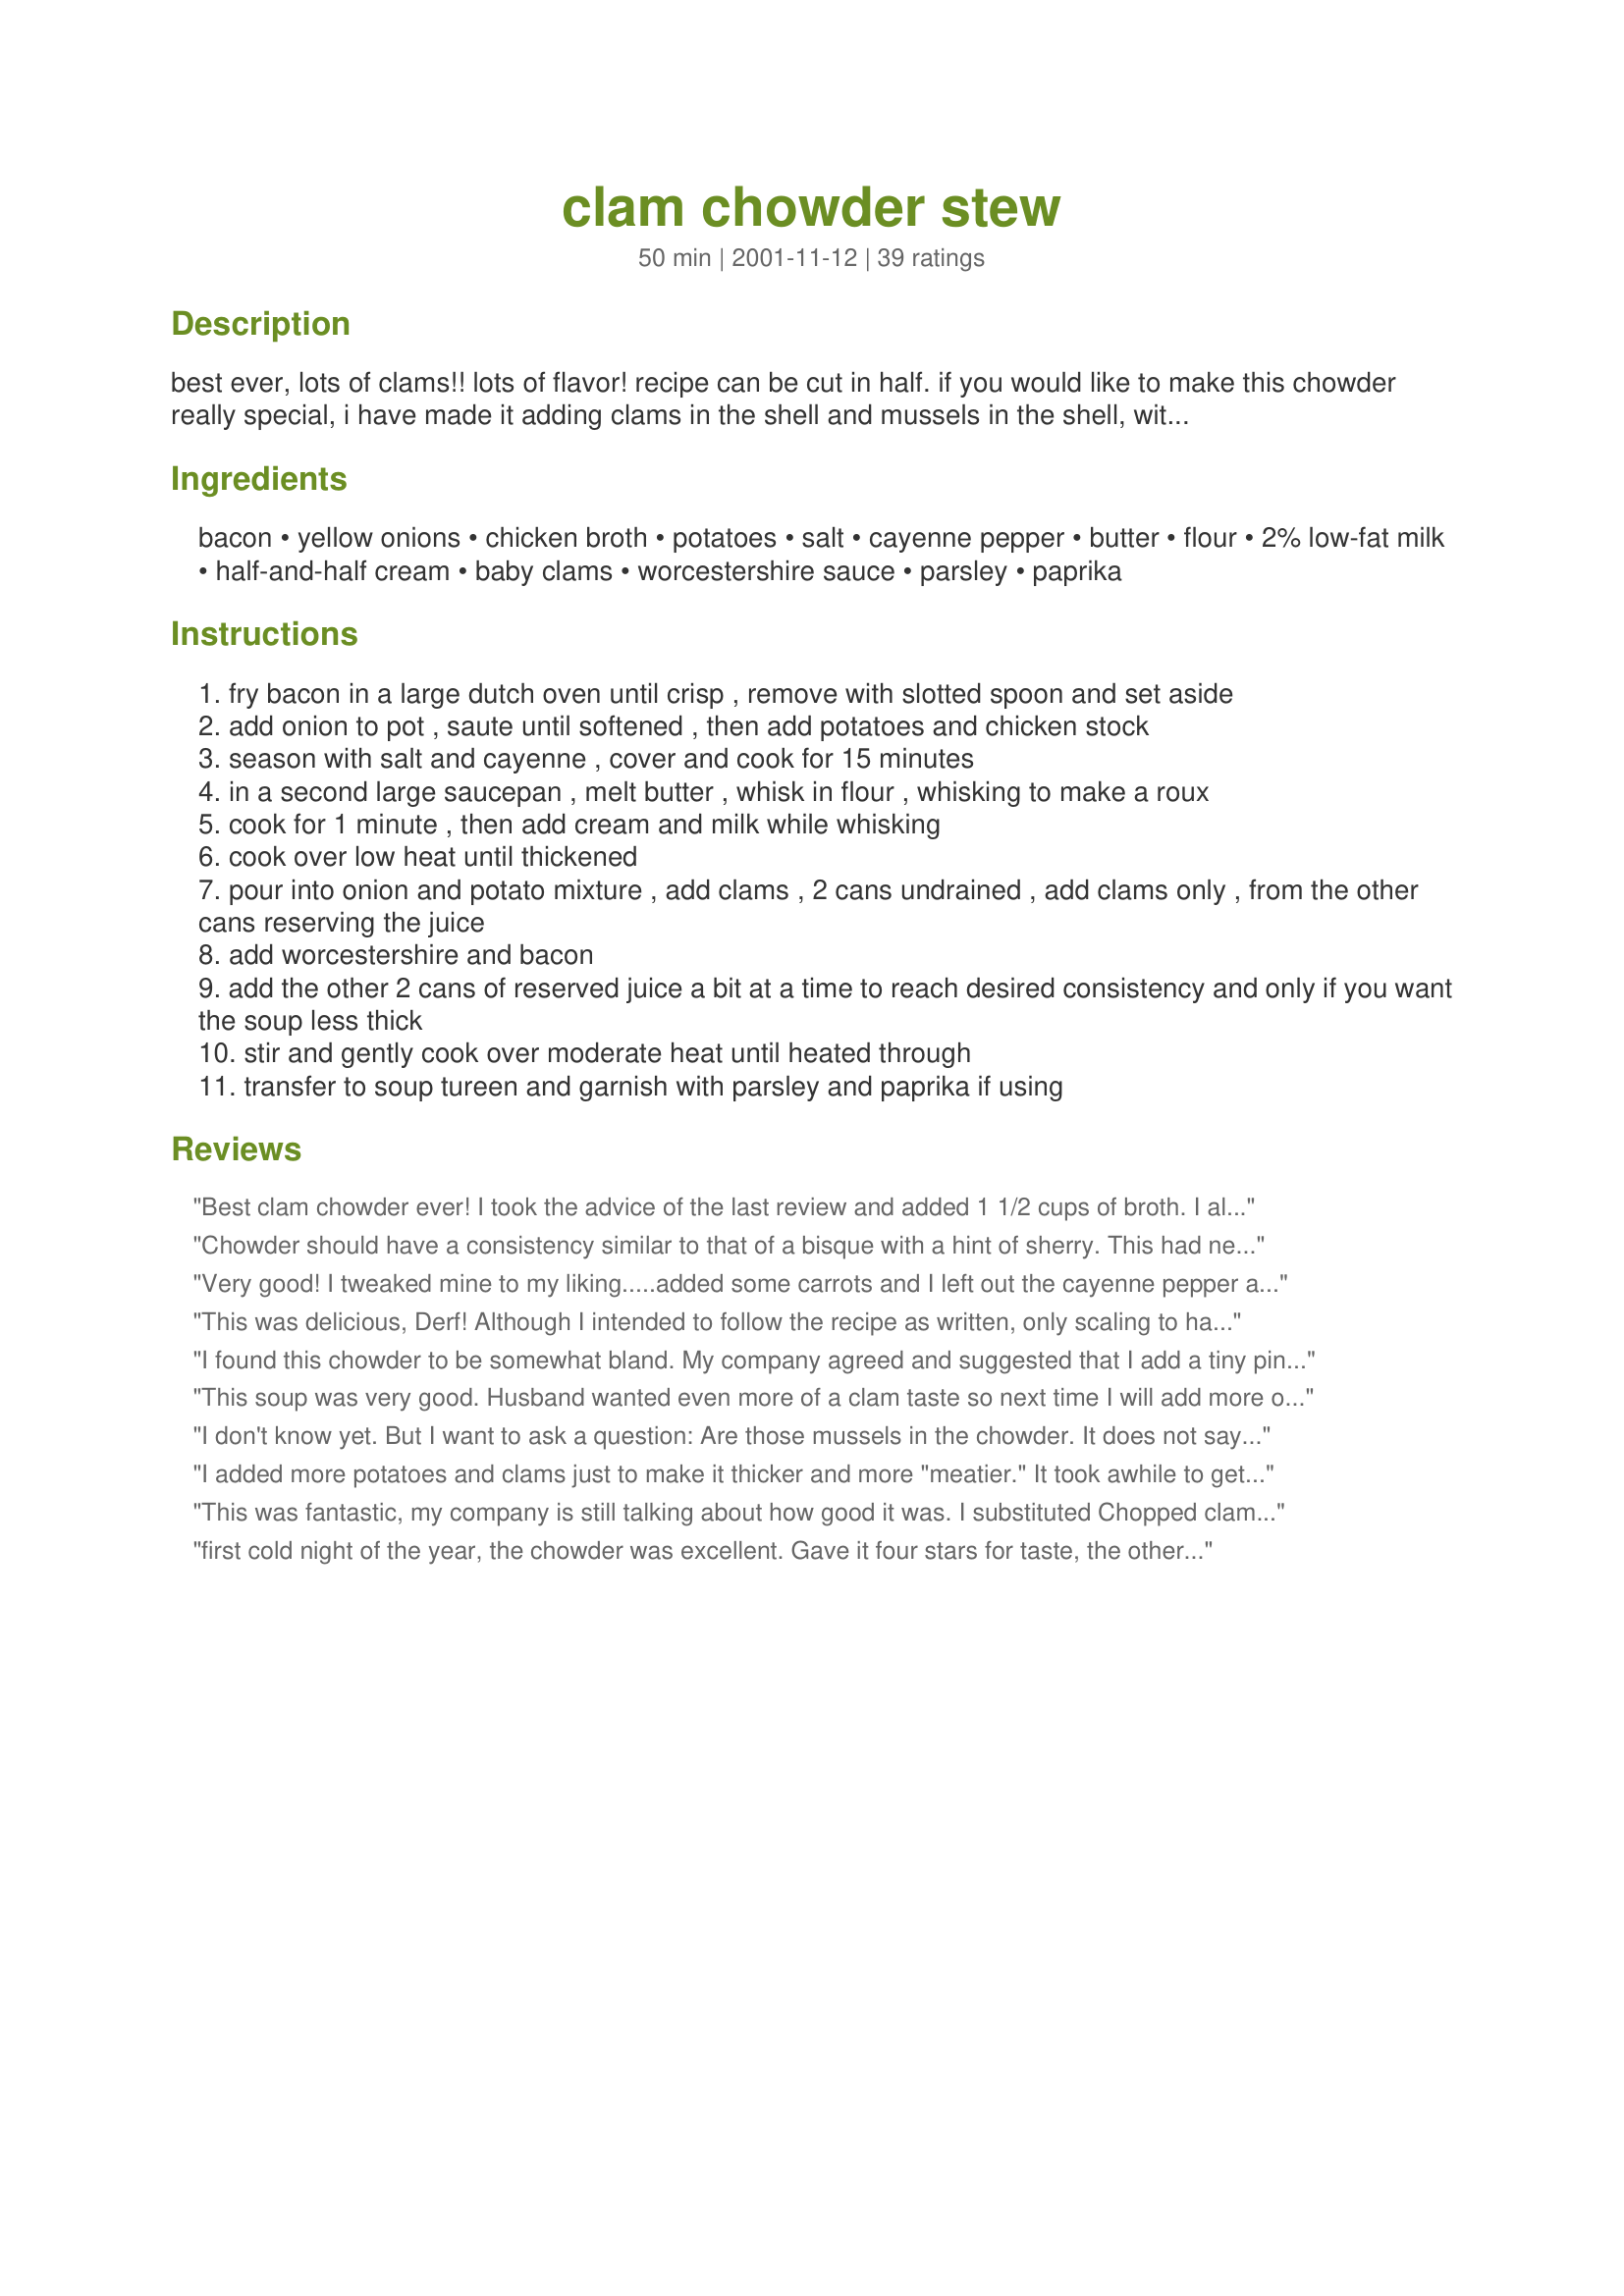
clam chowder stew
Preparation time: 50 minutes

best ever, lots of clams!! lots of flavor! recipe can be cut in half.
if you would like to make this chowder really special, i have made it adding clams in the shell and mussels in the shell, with pealed prawns added at the very end, did this for christmas eve, served with cranberry scones, delicious!

Ingredients:
bacon, yellow onions, chicken broth, potatoes, salt, cayenne pepper, butter, flour, 2% low-fat milk, half-and-half cream, baby clams, worcestershire sauce, parsley, paprika

Steps:
fry bacon in a large dutch oven until crisp , remove with slotted spoon and set aside
add onion to pot , saute until softened , then add potatoes and chicken stock
season with salt and cayenne , cover and cook for 15 minutes
in a second large saucepan , melt butter , whisk in flour , whisking to make a roux
cook for 1 minute , then add cream and milk while whisking
cook over low heat until thickened
pour into onion and potato mixture , add clams , 2 cans undrained , add clams only , from the other cans reserving the juice
add worcestershire and bacon
add the other 2 cans of reserved juice a bit at a time to reach desired consistency and only if you want the soup less thick
stir and gently cook over moderate heat until heated through
transfer to soup tureen and garnish with parsley and paprika if using

Reviews:
Best clam chowder ever! I took the advice of the last review and added 1 1/2 cups of broth. I also only used 2 cans of clams. It was so delicious and have copied the recipe into my best recipe cookbook. Thanks!
Chowder should have a consistency similar to that of a bisque with a hint of sherry. This had neither and was disappointing after the raving reviews.
Very good! I tweaked mine to my liking.....added some carrots and I left out the cayenne pepper and used minced clams. It was yummy!

Also makes a very good potato soup-add carrots and a few more potatoes-omit clams! Hubby loves it!
This was delicious, Derf! Although I intended to follow the recipe as written, only scaling to half and using 1% milk, I inadvertently doubled the cayenne (I wasn't paying attention and used the full amount, rather than halving it). :) It didn't seem to be too much for us, though, and we thought it was great as it was. We like our chowders thick, so I didn't add any of the reserved juice. Thanks for posting!
I found this chowder to be somewhat bland. My company agreed and suggested that I add a tiny pinch of thyme and that definitely enhanced the flavor. I purchased two cans of baby clams, chopped clams and used half-and-half. This was okay but I think I might use it as a base and search for other recipes to incorporate into this one.
This soup was very good. Husband wanted even more of a clam taste so next time I will add more of the juice and just use extra flour to thicken it. It did not get thick enough for him either. He really likes more of a stew so I will work with it for next time and there will be a next time because the taste to me was phenomenal.
I don't know yet. But I want to ask a question: Are those mussels in the chowder. It does not say, the recipe says clams, but they sure look like mussels to me.
I added more potatoes and clams just to make it thicker and more "meatier." It took awhile to get the flour/cream mixture thick but once it did, this was a great chowder even on the first day!
This was fantastic, my company is still talking about how good it was. I substituted Chopped clams instead because I couldn't find whole baby clams.
first cold night of the year, the chowder was excellent. Gave it four stars for taste, the other star because how easy it was to make thanks
I've used this recipe for a couple of years, but tweeked this recipe a bit though. Added 1/2 t thyme, 1/2 - 1 t red pepper flakes, a pinch or so of oregano, a few more potatoes, skimmed back just a tad on the onion (do not grate these-did this once BIG mistake), use whatever milk I've got on hand and at the end 1 short can of shoepeg corn. Anyway, I've dazzled many with this recipe; it's on permanent file in my cookbook. Thanks for a great recipe.
Absolutely amazing!! This has become a weekly staple in our house. Thanks for the awesome recipe.
Derf - Thanks for a great recipe. We've made this chowder dozens of times, and someone always asks for the recipe! I generally add more bacon and clams, but otherwise, it is great for the Pacific Northwest winters. Thanks much.
Wonderful chowder. This was my first attempt at clam chowder. Creamy, smokey and great. The bacon was a great addition. I did not have Half and Half so I subbed whipping cream. I can't wait to make again. Thanks for posting.
1-18-09 Made the chowder for the second time. I messed up and only bought 18oz of clams. I added about 6oz of canned smoked salmon. It turned out wonderful
Hubby loved this and so did I. I held back a can of juice to add as the chowder thickened so I could control the thickness and it got plenty thick for us! I would recommend this to anyone needing a chowder recipe and plan to make this one my standby!
This was excellent! I used left over baked potatoes for the potatoes.
Scrumptious! Both the kiddies wanted seconds...then thirds! My husband is the clam chowder buff in the house and said it was great. I had bacon drippings but no bacon and it worked well. Instead of plain salt I used celery salt, and I might add some chopped celery in with the onions next time too. Oh, and instead of half and half, I subbed milk/sour cream. Definitely a keeper!
This was very good and very easy - full of clams and the chicken stock makes the flavor richer. Thanks!
Loved th soup! Tasted much better the next day. I did have to add alittle more chicken broth and also flour to thicken alittle. I didnt use all the onions-it seemed like alot. It was my lunch for the whole week! This was the 1st time ever making chowder and I didnt screw it up!
What a fantastic Clam Chowder recipe. I brought it to an "East Coast" dinner party after suggesting I would make a clam chowder to start with. I read at least 15 recipes from everywhere and went with this one. Well, was everybody surprised at the party after tasting this. It was the highlite of the party and our friends are still talking about this clam chowder. I used about 1-1/2 cups of chicken broth and you could not tell. Did the rest of the recipe as told. Thank you so much, this will be made a lot more for this house and other parties.
I fed my husband, four teenage boys and myself and everyone seemed to love it. Changes that I made: I only had one can of clams, I used 4 potatoes rather than two, I used about 1 1/2 cups of broth because I knew I needed to feed many, and finally, I chopped 7 green onions/chives because that's all I had. I did not use the parsley or the paprika. It was a success and all agree I need to add this to my list of regular dinners. I served it with french bread slathered with butter and parmesan and broiled until toasty. Yum! Thanks for sharing.
Very tasty. I used 2% milk as I had no cream and 2 cans of clams,as I was out. (snow storm) If I had of followed recipe exactly I'm sure I would have rated it outstanding. It was very easy to make. Thanks I will make it again!!
This was absolutely the best clam chowder we have ever had. I added about 3 tablespoons of Nutritional Yeast to &#039;kick it up a notch&#039;, but otherwise, it was excellent as written.
Wonderful chowder! I made a mistake when making it, but it turned out dynamite! I was going to cut the recipe in 1/2, cuz it was just the two of us. BUT, I added the whole 14 oz. can of chicken broth, instead of 1/4 cup...OOPS! But, when whisking the 1/2 & 1/2 and milk, I just added more flour to thicken the roux. I was afraid that it might be flourey (sp?) tasting, but it was great. I also added 3 stalks of chopped celery when sauteing (sp?)the onions. Instead of cayenne pepper, I used crushed red pepper. And I added more bacon to it (should have used 2 slices, but I used about 8 slices). This came out fantastic! Will definitely make again. Good recipe, Derf!
EXCELLENT! The only alterations I made to the "ingredients" part of the recipe was to add more potatoes (I had probably 4-5 medium sized potatoes), add about 2/3 c. of chopped celery and increased the roux/liquid by about two times. The other thing I did differently was make it in the crockpot. 

I cooked the bacon to crisp, removed it, then sauteed the onion and celery. Then I made the roux and thickened the milk & cream on the stovetop. Tossed it in the crock with the diced potatoes and onion/clery mixture, crumbled the bacon, threw everything else in (I didn't end up using the remaining reserved clam broth). 

DEEEEEEELISH! Served it with homemade dinner rolls...perfect for the first REALLY chilly night here in the midwest! Only one serving left and I'm SOOOO looking forward to digging into it for lunch. Thanks for sharing, I'll be making this again!
This was excellent, I ddin't want to use canned soup. We both said yum at the end of the meal.
What a flavorful and perfect consistency for clam chowder. This came together so easy and had a great flavor. The cayenne pepper adds a zing at the end.
Yum, Yum, Yummy! Even the picky 3yr old enjoyed it. This will be a repeat at my house. Thanks.
We loved this soup! On these cold wintery days this hit the spot! My kids were a little leary about trying it but they changed there minds after trying. Thank you for this delicious meal. Stephanie
I think there may be an echo in here... Best clam chowder ever! ever! ever! Okay, seriously, I remember growing up in the Pacific Northwest & the best clam chowder back then was mom's after a day of digging our own clams on the beach. This was as close to that as I've been in 30 years. I used the whole can of chicken broth, 1/2 lb. of bacon & red potatoes (what I had on hand). Served it with recipe #296967 & got rave reviews from the family. Thanks for sharing, Derf!
This is the best clam chowder I've ever had! Thanks for a great recipe.
Although everyone else seems to have found this recipe very easy, it is confusing for those of us who don't have previous experience making chowder. 

First of all, the canned clams were full of green matter which tasted (when bitten into in the chowder) like pond scum. I live in New Mexico, so fresh clams are not readily available, obviously. 

Secondly, step six says "until thickened". How thick should it get? How long does that take, approximately? I was unsure of how long I could cook it (even stirring the whole while) without scalding it, so I moved on too quickly and ended up with watery soup. 

Also, would some corn or herbs be out of place? The chowder I've eaten in New England generally has at least one additional ingredient for flavor. 

This was a troublesome recipe for a soup-beginner, though I've been cooking all sorts of other things successfully for years. I love cooking, and love experimenting with new things. I did NOT like the way this recipe turned out for me, though I followed it as closely as I could figure out how. I feel disappointed and mildly queasy.
I ended up making this for nine adults and three children. There were no left overs! Everyone got only one bowl. I omitted the bacon, as I do not eat red meat. I don't think this made a difference. I only used one and half onions, but this may because the ones I had were REALLY large. I used one cup chicken broth. Half just really wasn't enough. But this may be because I used three large russet potatoes, instead of two. I did not use cayenne, but instead used red pepper flakes, which I really prefer in a recipe like this. I also added a cup of whipping cream to the roux sauce to thicken it up. As for the few finishing touches, I added a couple tablespoons of cooking sherry, lots of dried parsley and thyme. Also, lots of cracked pepper and some onion powder, as well as a little garlic salt. In the end this was perfect. The compliments I received were endless! Thank you for a great chowder recipe!!!
Great chowder for a very blustery day. Nice, thick and hearty. I added more bacon and used skim milk, but otherwise followed the recipe as written.
WOW, This recipe is easy, fast and tastes great. What more could anyone want? Thank you!!
I love clam chowder and this recipe is no exception! This was the first time I've ever made chowder and this one is a keeper! Jut perfect especially with a little extra cayenne. I also Used non-fat milk but just for my own satisfaction. Tasted absolutely wonderful and is now our Christmas Eve staple! Thanks Derf!
This was good but I did make some changes so that I knew we would like this. I used a cup of chicken broth and two cups of half and half. I was afraid the chowder would have been too thin if I had added the milk also, I used instant potato flakes instead of flour to thicken the soup. I used four cans of clams but only used the juice of one. My clams were also minced. I used regular pepper instead of cayenne and used 3/4 teaspoon. I didn't add the parsley, worcestershire or paprika. Next time I would cut the salt back as I thought it was a bit salty. We enjoyed this the next day also.
This chowder is absolutely perfect!! I made it in my crockpot for dinner Halloween night and it makes for a very comforting bowl of chowder. The recipe was very simple but the flavors where fantastic. Serviced with a side salad & crust bread. Thanks Dorothy!
This is soooo good Dorothy. Just the way my grandmother used to make. The chowder turned out very rich and creamy. I just used a little extra clam juice to get the right consistency as we like ours a little thick. This was very heartwarming and a comfort food for me. Thanks
